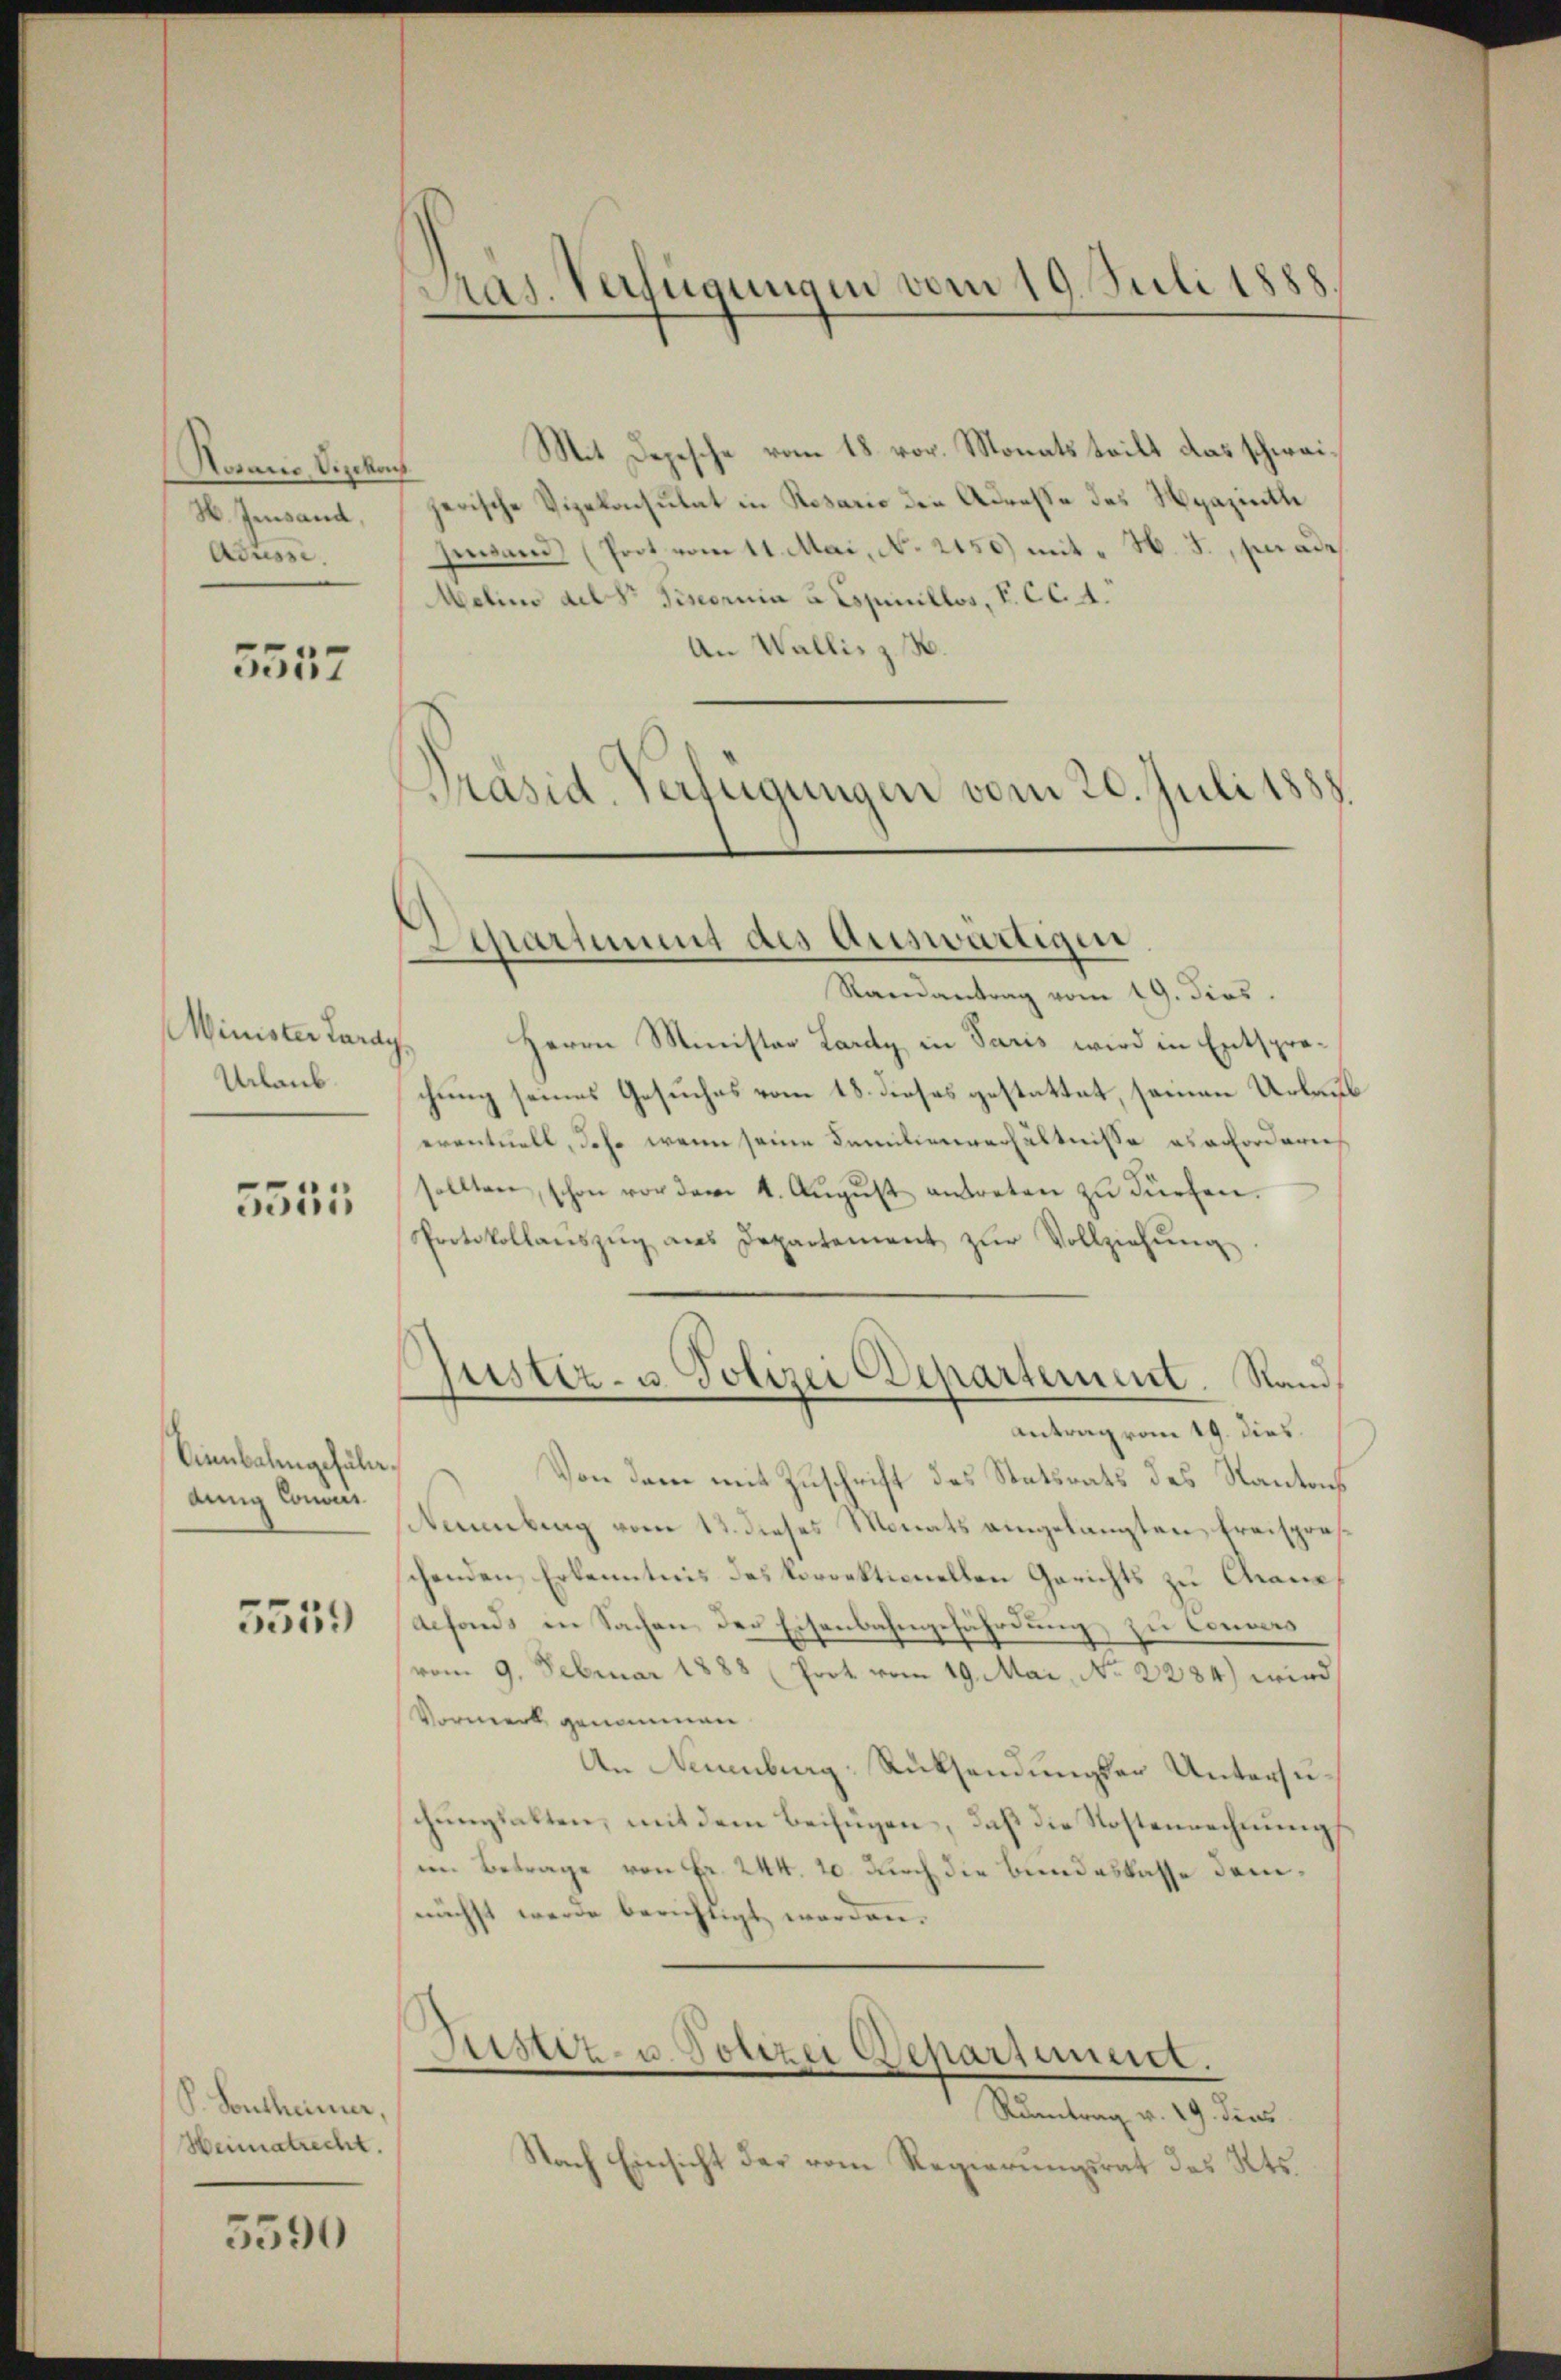
Rovano, Vizekor
H. Insand,
Aduss.

5557

Minister Cara¬
Urlaub.

5555

Cinnbahngefälle.
dung Concurs

5559

P. Sontheimer,
Heimatrecht.

5590

Pras. Verfügungen vom 19. Juli 1888

Mit Depesche vom 18. vor. Monatsteilt das schweit
jerische Vizekonsulat in Resario den Adresse des Nyazintle
sentand (Prot vom 11. Mai, N. 2450) mit " N. J., per ade
Melino del Sr Piseoruia u Copinillos, P. CC. A.
An Wallis z. B.
Präsid. Verfügungen vom 20. Juli 1889.

Schartung des Auswärtigen

Gustiz- u. Polizei Departement. Stand

Randantrag vom 19. dies
Herrn Minister Lardy, in Paris wird in Entsprechung seines Gesuches vom 18. dieses gestattet, seinen Urlaub
eventuell, das wenn seine Familienverhältnisse es erfordern
sollten, schon vor dem 4. Aŭgŭst antreten zŭ dürfen.
Protokollanszŭg ans Departement zŭr Vollziehŭng
Antrag vom 19. dies
Von dem mit Zuschrift des Statsrats des Stantons
Naumbung vom 12. dieses Monats eingelangten Freispräs
chenden Erkenntnis des korrektionellen Gerichts zu Chane
aefonds in Sachen der Eisenbahngefährdung zu können
vom 9. Februar 1888 (Prot vom 19. Mai, No 2284) wird
Vormerk genommen.
An Neuenburg Rücksendungser Untersuchungsalten, mit dem Beifügen, daß die Kostenrechnungsim Betrage von Fr. 244. 20. durch die Bundeskasse demnächst werde berichtigt werden.

Geister- u. Polizei Departement.

Rumtrag v. 29. Fens
Nach Einsicht des vom Regierungsrat des Kts.